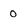
Character: 0